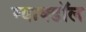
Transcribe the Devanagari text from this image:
म्याक्डॉल